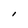
Character: l